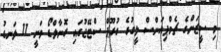
މި ސީޒަންގެ ޗެމްޕިއަންސް ލީގުގެ ގުރޫޕް ސްޓޭޖުގައި ރޮނާލްޑޯ ވަނީ 11 ލަނޑު